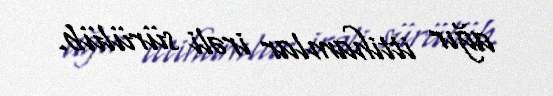
ağır ittihamlar irəli sürülüb.